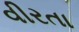
વીરતા